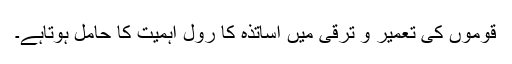
قوموں کی تعمیر و ترقی میں اساتذہ کا رول اہمیت کا حامل ہوتاہے۔